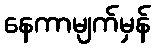
နေကာမျက်မှန်